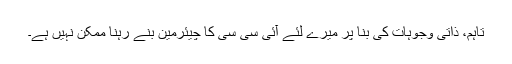
تاہم، ذاتی وجوہات کی بنا پر میرے لئے آئی سی سی کا چیئرمین بنے رہنا ممکن نہیں ہے۔